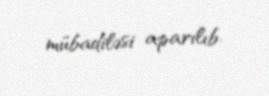
mübadiləsi aparılıb.